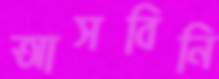
আসবিনি